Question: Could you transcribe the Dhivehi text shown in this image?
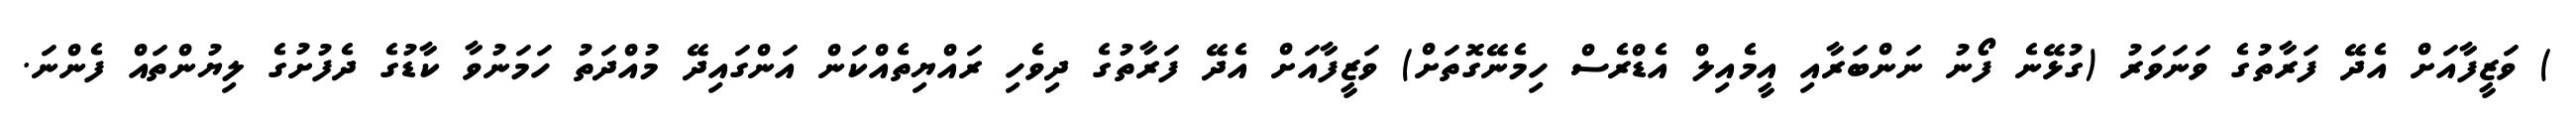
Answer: ) ވަޒީފާއަށް އެދޭ ފަރާތުގެ ވަނަވަރު (ގުޅޭނެ ފޯނު ނަންބަރާއި އީމެއިލް އެޑްރެސް ހިމެނޭގޮތަށް) ވަޒީފާއަށް އެދޭ ފަރާތުގެ ދިވެހި ރައްޔިތެއްކަން އަންގައިދޭ މުއްދަތު ހަމަނުވާ ކާޑުގެ ދެފުށުގެ ލިޔުންތައް ފެންނަ.